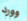
وورد